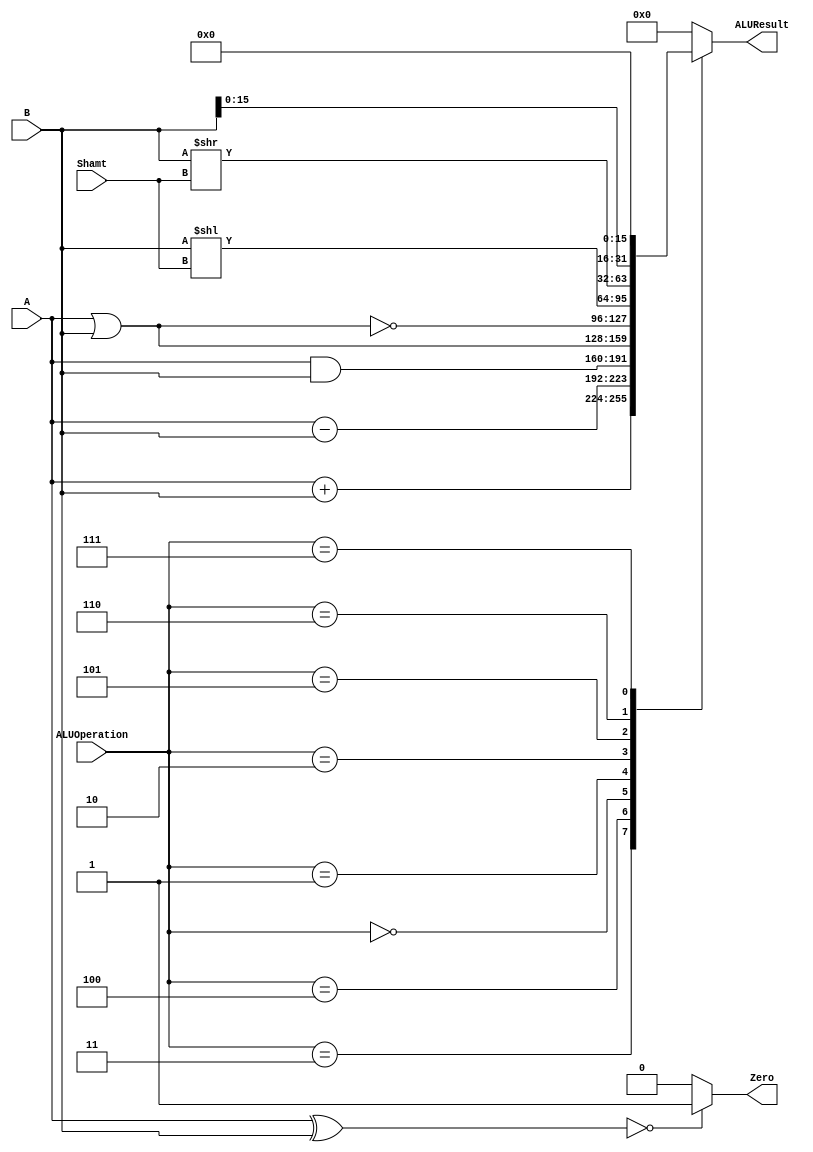
/******************************************************************
* Description
*	This is an 32-bit arithetic logic unit that can execute the next set of operations:
*		add
*		sub
*		or
*		and
*		nor
* This ALU is written by using behavioral description.
* Version:
*	1.0
* Author:
*	Dr. Jos Luis Pizano Escalante
* email:
*	luispizano@iteso.mx
* Date:
*	01/03/2014
******************************************************************/

module ALU 
(
	input [3:0] ALUOperation,
	input [31:0] A,
	input [31:0] B,
	input [4:0] Shamt,
	output reg Zero,
	output reg [31:0]ALUResult
);

localparam ADD = 4'b0011;				//Definir las operaciones de acuerdo a los valores en ALUControl
localparam SUB = 4'b0100;
localparam AND = 4'b0000;
localparam OR =  4'b0001;
localparam NOR = 4'b0010;
localparam SLL = 4'b0101;
localparam SRL = 4'b0110;
localparam LUI = 4'b0111;

  
  
   always @ (A or B or ALUOperation)
     begin
		case (ALUOperation)
			ADD: 
				ALUResult = A + B;
			SUB: 
				ALUResult = A - B;
			AND:
				ALUResult = A & B;
			OR:
				ALUResult = A | B;
			NOR:
				ALUResult = ~(A | B);
			SLL:
				ALUResult = B << Shamt;
			SRL:
				ALUResult = B >> Shamt;
			LUI:
				ALUResult = {B, 16'b0};

		default:
			ALUResult= 0;
		endcase // case(control)
		Zero = ((A ^ B) == 0) ? 1'b1 : 1'b0;		//1 cuando A y B son iguales
     end // always @ (A or B or control)
endmodule 
// alu//